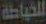
الخياطة